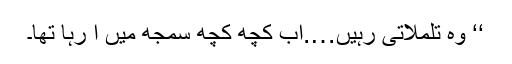
‘‘ وہ تلملاتی رہیں….اب کچھ کچھ سمجھ میں آ رہا تھا۔